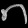
Digit: ၈